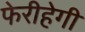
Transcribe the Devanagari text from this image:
फेरीहेगी